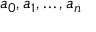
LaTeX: a _ { 0 } , a _ { 1 } , \dots , a _ { n }